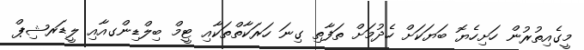
މީގެއިތުރުން ހަށިހެޔޮ ބަޔަކަށް ހެދުމަށް ތަފާތި ގިނަ ހަރަކާތްތަކާއި ޓީމް ބިލްޑިންގއާއި ލީޑަރޝިޕް